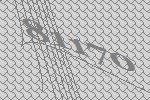
81170